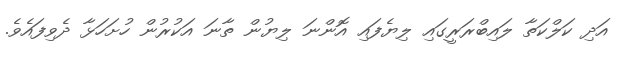
އަދި ކަލްކަތާ ލައިބްރަރީގައި ލިޔެފައި އޮންނަ ލިޔުން ތާނަ އަކުރުން ހުށަހަޅާ ދެވިފައެވެ.